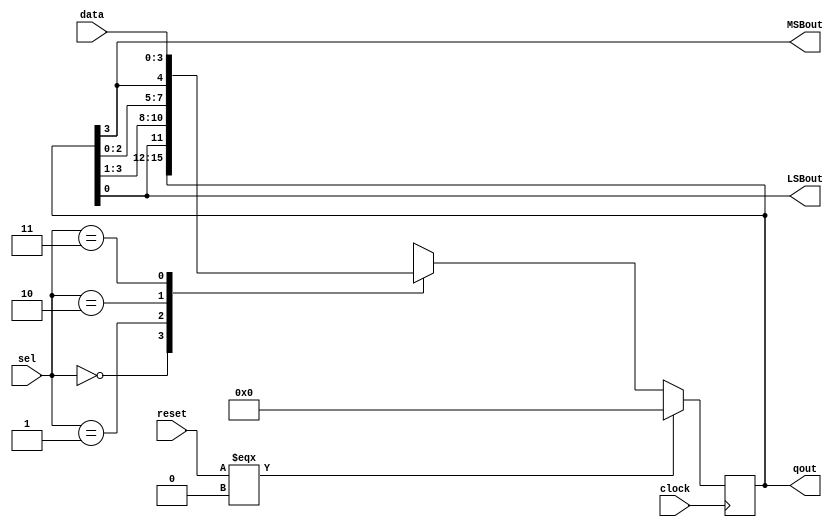
module birotatereg(qout,MSBout,LSBout,data,sel,reset,clock);
	output [3:0] qout;
	output MSBout,LSBout;
	input [3:0] data;
	input [1:0] sel;
	input clock,reset;
	reg [3:0] qout;
	
	assign MSBout = qout[3];
	assign LSBout = qout[0];
	
	always @(posedge clock) begin
	if (reset ===0) qout<=0;
	else begin
	case(sel)
	0: qout <= qout;
	1: qout <={qout[0],qout[3:1]};
	2: qout <={qout[2:0],qout[3]};
	3: qout <=data;
	endcase
 end
end
endmodule